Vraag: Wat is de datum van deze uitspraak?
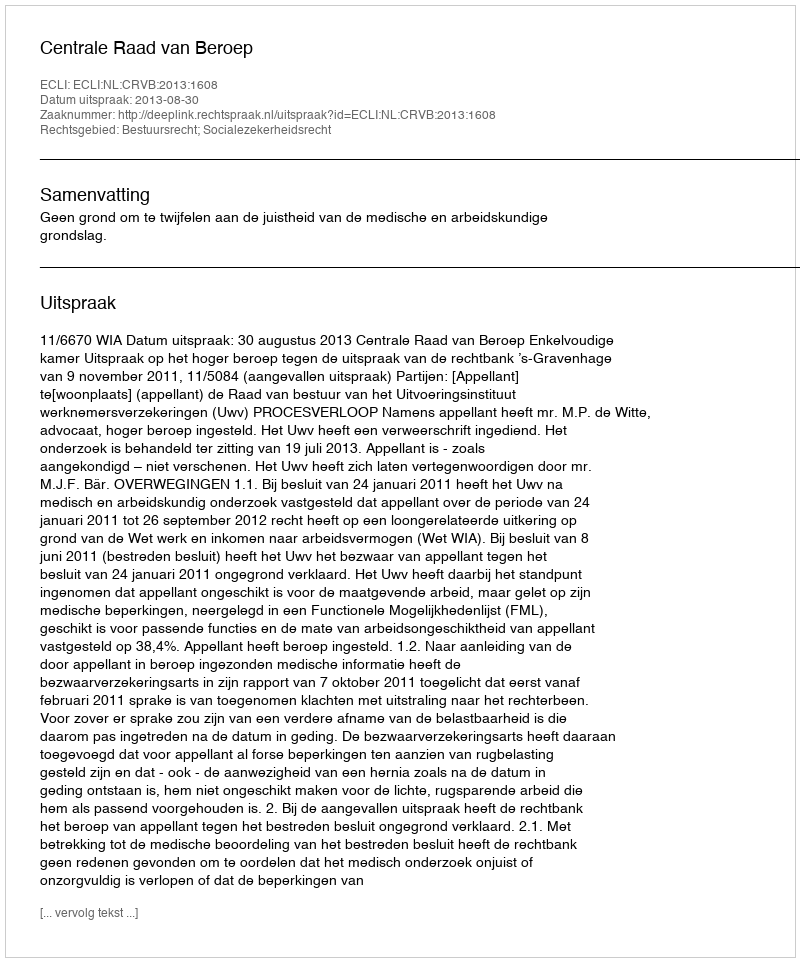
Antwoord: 2013-08-30